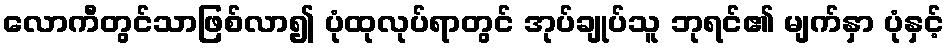
လောကီတွင်သာဖြစ်လာ၍ ပုံထုလုပ်ရာတွင် အုပ်ချုပ်သူ ဘုရင်၏ မျက်နှာ ပုံနှင့်